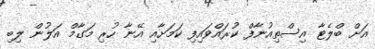
އަށް ބްލެޓާ އިސްތިއުނާފް ކުރައްވައިފި ކަމަށާއި އޭނާ ހުރި މަގާމް އަލުން ލިބި